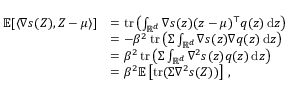
\begin{array} { r l } { \mathbb E [ \langle \nabla s ( Z ) , Z - \mu \rangle ] } & { = \operatorname { t r } \left( \int _ { \mathbb R ^ { d } } \nabla s ( z ) ( z - \mu ) ^ { \top } q ( z ) \operatorname { d } \! z \right) } \\ & { = - \beta ^ { 2 } \operatorname { t r } \left( \Sigma \int _ { \mathbb R ^ { d } } \nabla s ( z ) \nabla q ( z ) \operatorname { d } \! z \right) } \\ & { = \beta ^ { 2 } \operatorname { t r } \left( \Sigma \int _ { \mathbb R ^ { d } } \nabla ^ { 2 } s ( z ) q ( z ) \operatorname { d } \! z \right) } \\ & { = \beta ^ { 2 } \mathbb E \left[ \operatorname { t r } ( \Sigma \nabla ^ { 2 } s ( Z ) ) \right] \, , } \end{array}